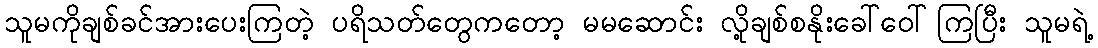
သူမကိုချစ်ခင်အားပေးကြတဲ့ ပရိသတ်တွေကတော့ မမဆောင်း လို့ချစ်စနိုးခေါ်ဝေါ်ကြပြီး သူမရဲ့